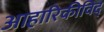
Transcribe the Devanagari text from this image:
आहारिकीविद्